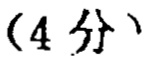
（4分）